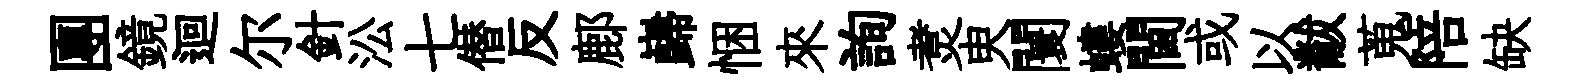
團鏡迴尔針㳂七僣反鄜巋悃來詢煑㬰闤螻閫或以黻蒐陪缺